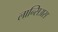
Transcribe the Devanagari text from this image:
लान्सिअस